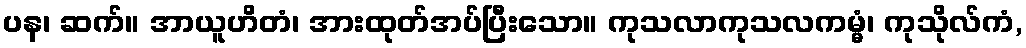
ပန၊ ဆက်။ အာယူဟိတံ၊ အားထုတ်အပ်ပြီးသော။ ကုသလာကုသလကမ္မံ၊ ကုသိုလ်ကံ,